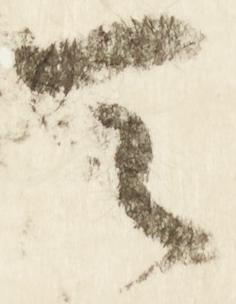
天